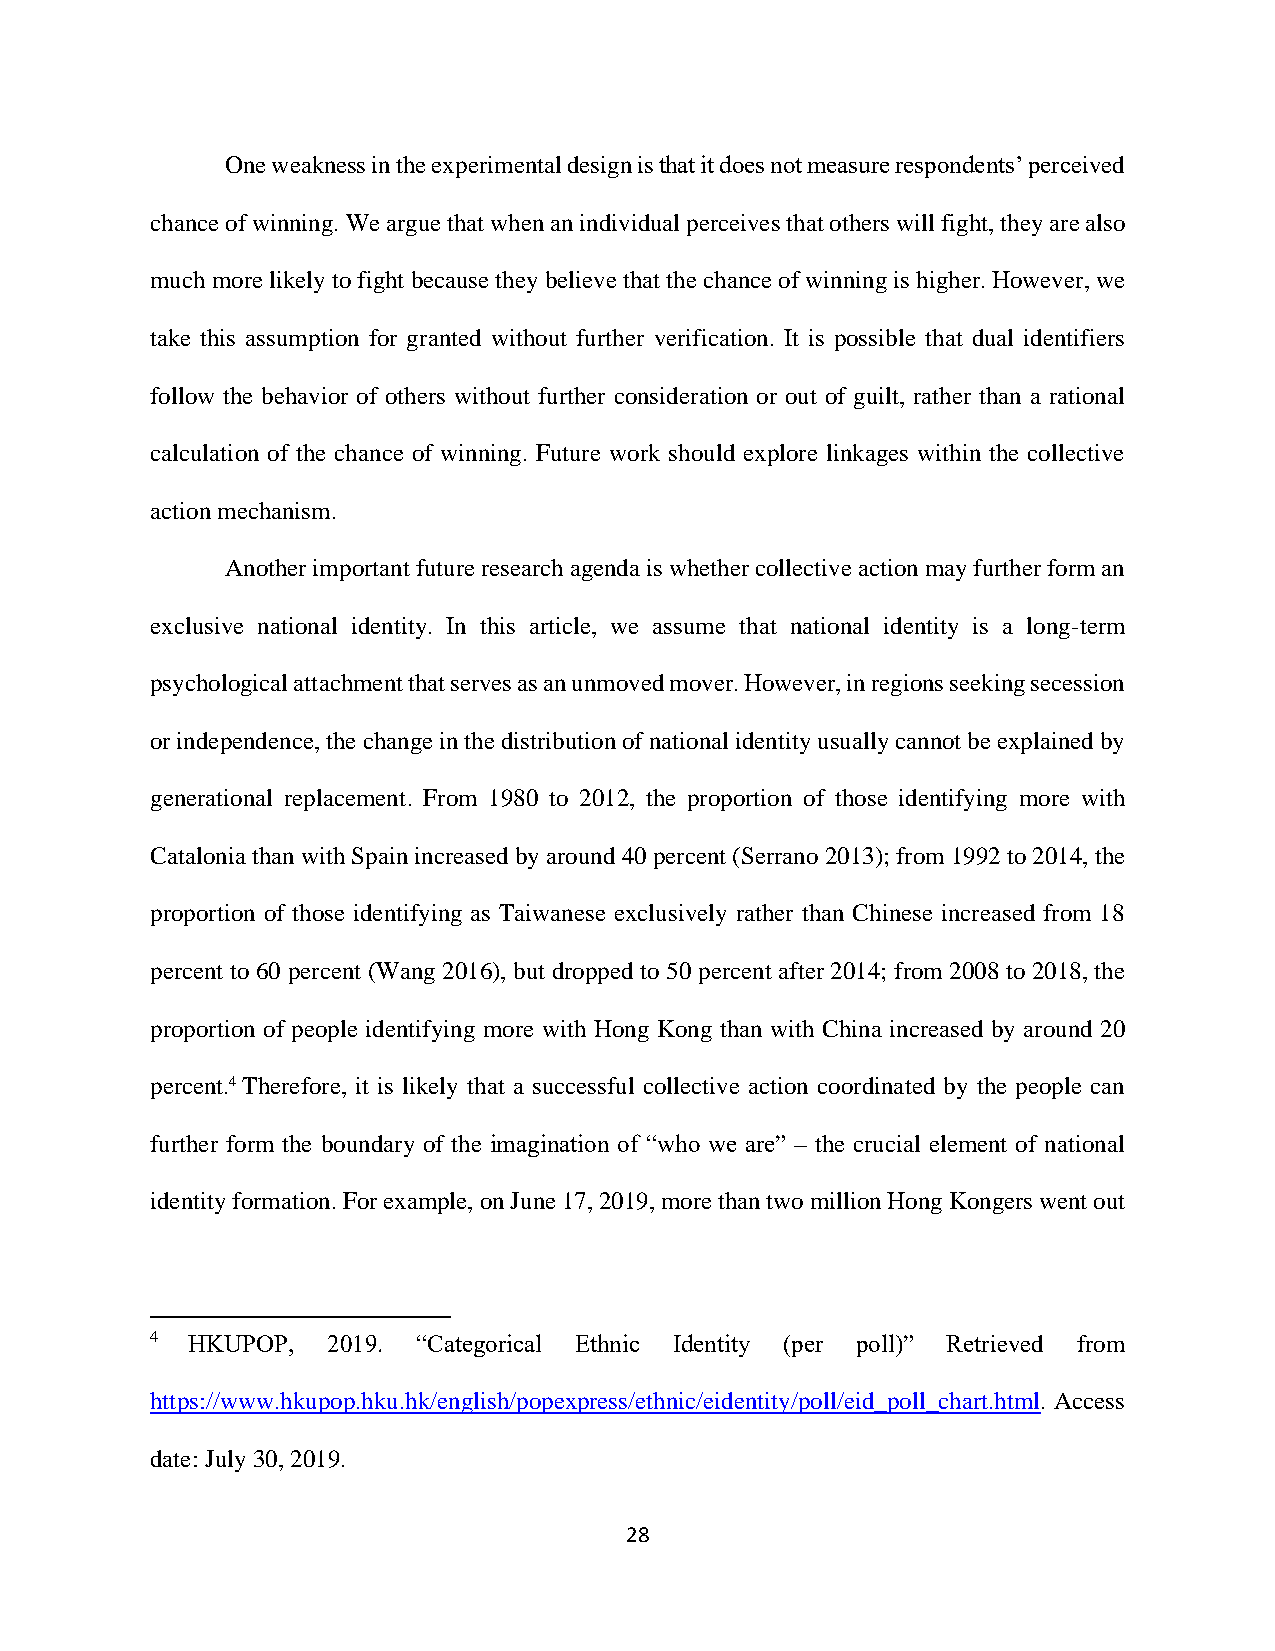
One weakness in the experimental design is that it does not measure respondents’ perceived
 chance of winning. We argue that when an individual perceives that others will fight, they are also
 much more likely to fight because they believe that the chance of winning is higher. However, we
 take this assumption for granted without further verification. It is possible that dual identifiers
 follow the behavior of others without further consideration or out of guilt, rather than a rational
 calculation of the chance of winning. Future work should explore linkages within the collective
 action mechanism.
 Another important future research agenda is whether collective action may further form an
 exclusive national identity. In this article, we assume that national identity is a long-term
 psychological attachment that serves as an unmoved mover. However, in regions seeking secession
 or independence, the change in the distribution of national identity usually cannot be explained by
 generational replacement. From 1980 to 2012, the proportion of those identifying more with
 Catalonia than with Spain increased by around 40 percent (Serrano 2013); from 1992 to 2014, the
 proportion of those identifying as Taiwanese exclusively rather than Chinese increased from 18
 percent to 60 percent (Wang 2016), but dropped to 50 percent after 2014; from 2008 to 2018, the
 proportion of people identifying more with Hong Kong than with China increased by around 20
 percent.4 Therefore, it is likely that a successful collective action coordinated by the people can
 further form the boundary of the imagination of “who we are” – the crucial element of national
 identity formation. For example, on June 17, 2019, more than two million Hong Kongers went out
 4 HKUPOP,   2019. “Categorical Ethnic Identity (per poll)” Retrieved from
 https://www.hkupop.hku.hk/english/popexpress/ethnic/eidentity/poll/eid_poll_chart.html. Access
 date: July 30, 2019.
 28